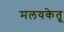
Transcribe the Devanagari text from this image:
मलयकेतू